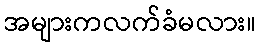
အများကလက်ခံမလား။